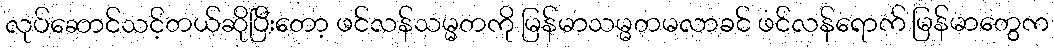
လုပ်ဆောင်သင့်တယ်ဆိုပြီးတော့ ဖင်လန်သမ္မတကို မြန်မာသမ္မတမလာခင် ဖင်လန်ရောက် မြန်မာတွေက